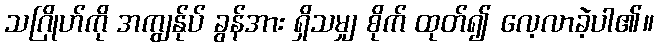
သဂြိုဟ်ကို အကျွန်ုပ် ခွန်အား ရှိသမျှ စိုက် ထုတ်၍ လေ့လာခဲ့ပါ၏။